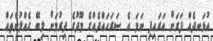
އުޅަނދެއް ފަރަށް އަރައިފި ނަމަ އެ ސަރަހައްދެއްގެ މޫދުގެ ދިރުމަށް ލިބޭ ގެއްލުންތައް